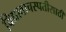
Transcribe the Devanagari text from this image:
विद्यावाचस्पतीसाठी